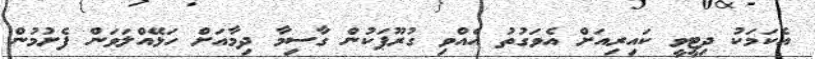
އެކަމަކު ދިޓީވީ ކައިރިއަށް އެވަގުތު އެއްވި ގުރޫޕަކުން ގާސިމާ ދިމާއަށް ހަޅޭއްލަވަން ފެށުމުން